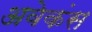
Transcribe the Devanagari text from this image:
अवेकंस